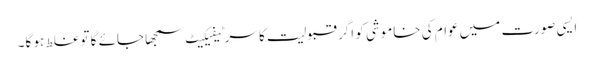
ایسی صورت میں عوام کی خاموشی کو اگر قبولیت کا سرٹیفیکیٹ سمجھا جائے گا تو غلط ہو گا۔